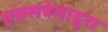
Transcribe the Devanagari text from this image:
एक्सत्रेमादुरा